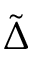
\tilde { \Delta }